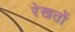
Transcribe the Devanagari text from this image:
रेखतों